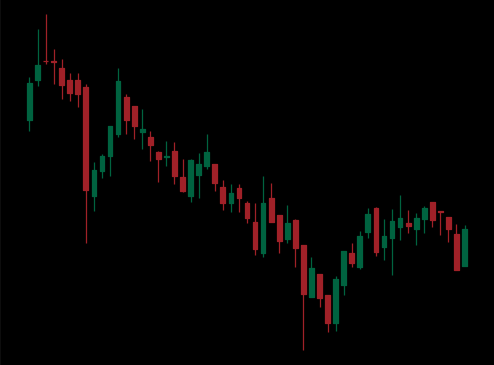
Pattern: bull_flag